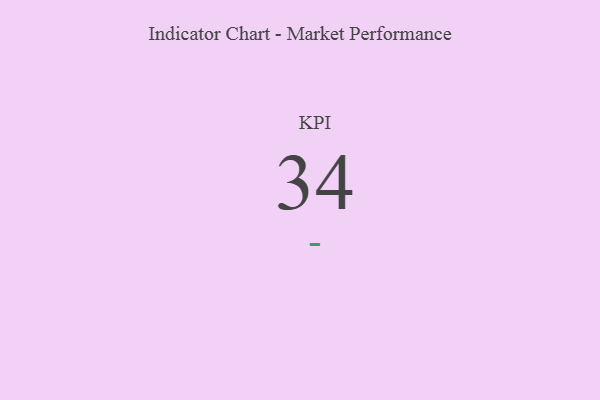
{"axis": {"x": "KPI", "y": "Value"}, "legend": [""], "data": [{"x": "KPI", "y": 34, "type": ""}]}